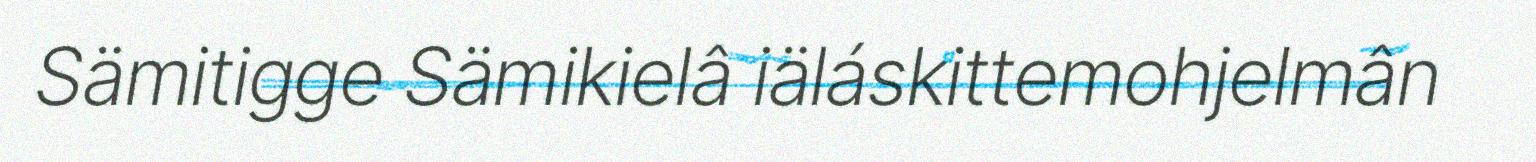
Sämitigge Sämikielâ iäláskittemohjelmân